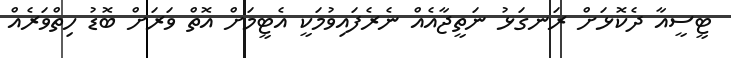
ޓީސީއާ ދެކޮޅަށް ރަނގަޅު ނަތީޖާއެއް ނެރެފައިވުމަކީ އެޓީމަށް އޮތް ވަރަށް ބޮޑު ހިތްވަރެއް